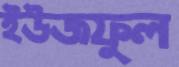
ইউজফুল